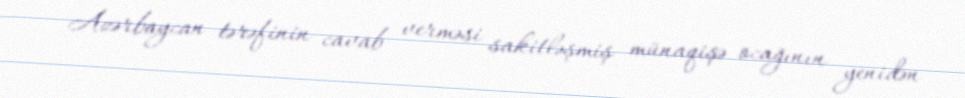
Azərbaycan tərəfinin cavab verməsi sakitləşmiş münaqişə ocağının yenidən